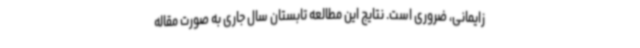
زایمانی، ضروری است. نتایج این مطالعه تابستان سال جاری به صورت مقاله